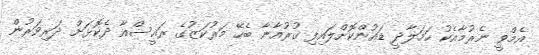
އެމްވީ ނެރުމާއެކު ހަމަލާދީ ޑައުންކޮށްލައިފި ޤުރުއާނާ ބެހޭ މަރުކަޒުގެ ރައީސްއާ ދެކޮޅަށް ދަރިވަރުން